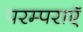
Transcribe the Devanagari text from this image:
परम्पराएॅ